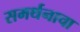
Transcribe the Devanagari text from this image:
समर्थनाचा